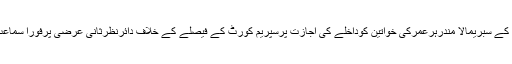
لیکن سپریم کورٹ نے کیرل کے سبریمالا مندرہرعمرکی خواتین کوداخلے کی اجازت پرسپریم کورٹ کے فیصلے کے خلاف دائرنظرثانی عرضی پرفوراً سماعت کرنے سے انکارکردیاہے۔